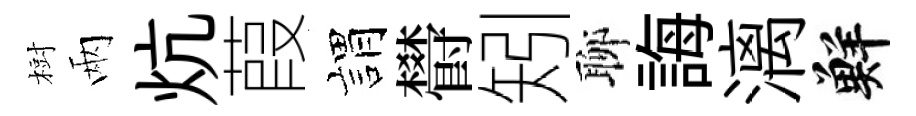
𣗳兩炕葭娟欎矧聊誨漓鮮